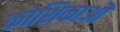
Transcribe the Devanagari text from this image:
कोशिकाऒ